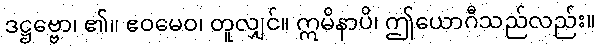
ဒဋ္ဌဗ္ဗော၊ ၏။ ဧဝမေဝ၊ တူလျှင်။ ဣမိနာပိ၊ ဤယောဂီသည်လည်း။